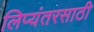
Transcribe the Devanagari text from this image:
लिप्यंतरसाठी